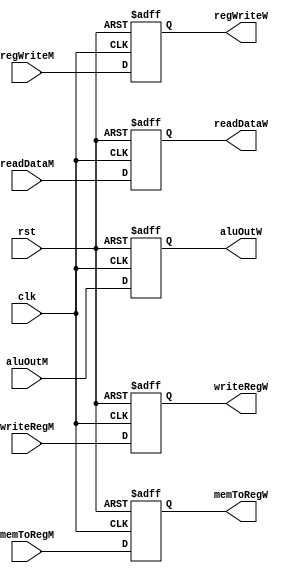
module WriteBack_Register (
    input    wire            regWriteM, memToRegM,
    input    wire   [31:0]   readDataM, aluOutM,
    input    wire   [4:0]    writeRegM,
    input    wire            clk, rst,
    output   reg             regWriteW, memToRegW,
    output   reg    [31:0]   readDataW, aluOutW,
    output   reg    [4:0]    writeRegW
);

always @(posedge clk or negedge rst)
    begin
        if(!rst)
            begin
                regWriteW      <=      1'b0;
                memToRegW      <=      1'b0;
                readDataW      <=      32'b0;
                aluOutW        <=      32'b0;
                writeRegW      <=      5'b0;
            end
        else
            begin
                regWriteW      <=      regWriteM;
                memToRegW      <=      memToRegM;
                readDataW      <=      readDataM;
                aluOutW        <=      aluOutM;
                writeRegW      <=      writeRegM;
            end
    end

endmodule